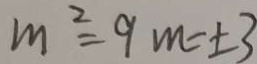
m ^ { 2 } = 9 m = \pm 3